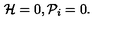
{ \cal H } = 0 , { \cal P } _ { i } = 0 .